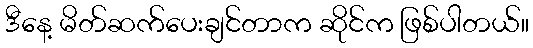
ဒီနေ့ မိတ်ဆက်ပေးချင်တာက ဆိုင်က ဖြစ်ပါတယ်။